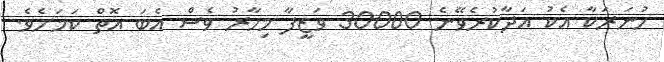
ހުނަރަކާ އެކު އަދާކުރެވޭނެ 30000 ވަޒީފާ މިހާރު ވެސް އެބަ އޮތް ކަމަށެވެ.